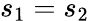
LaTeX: s_{1}=s_{2}